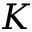
K